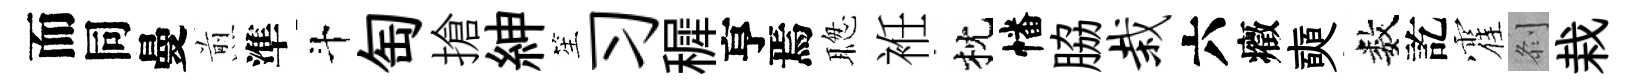
而同曼煎準斗匋搶紳笙习穉亨焉聦袵枕幡脇栽六癥奭数訖霍𠛴栽